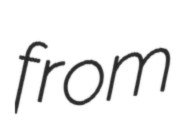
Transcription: from